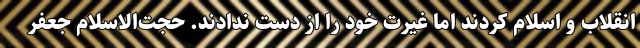
انقلاب و اسلام کردند اما غیرت خود را از دست ندادند. حجت‌الاسلام جعفر